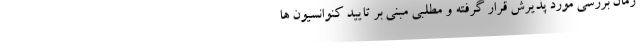
زمان بررسی مورد پذیرش قرار گرفته و مطلبی مبنی بر تایید کنوانسیون ها